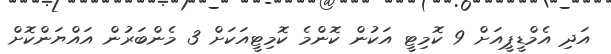
އަދި އެމްޑީޕީއަށް 9 ކޮމިޓީ އަކުން ކޮންމެ ކޮމިޓީއަކަށް 3 މެންބަރުން އައްޔަންކޮށް